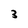
Character: 3